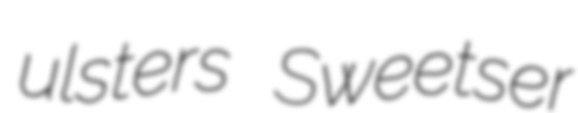
ulsters Sweetser